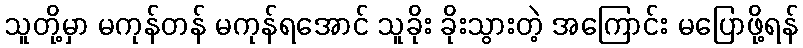
သူတို့မှာ မကုန်တန် မကုန်ရအောင် သူခိုး ခိုးသွားတဲ့ အကြောင်း မပြောဖို့ရန်